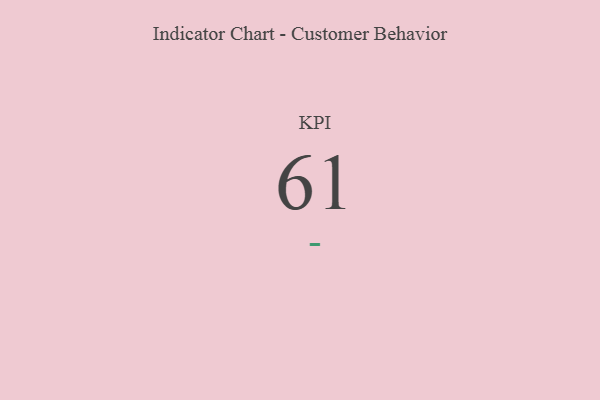
{"axis": {"x": "KPI", "y": "Value"}, "legend": [""], "data": [{"x": "KPI", "y": 61, "type": ""}]}